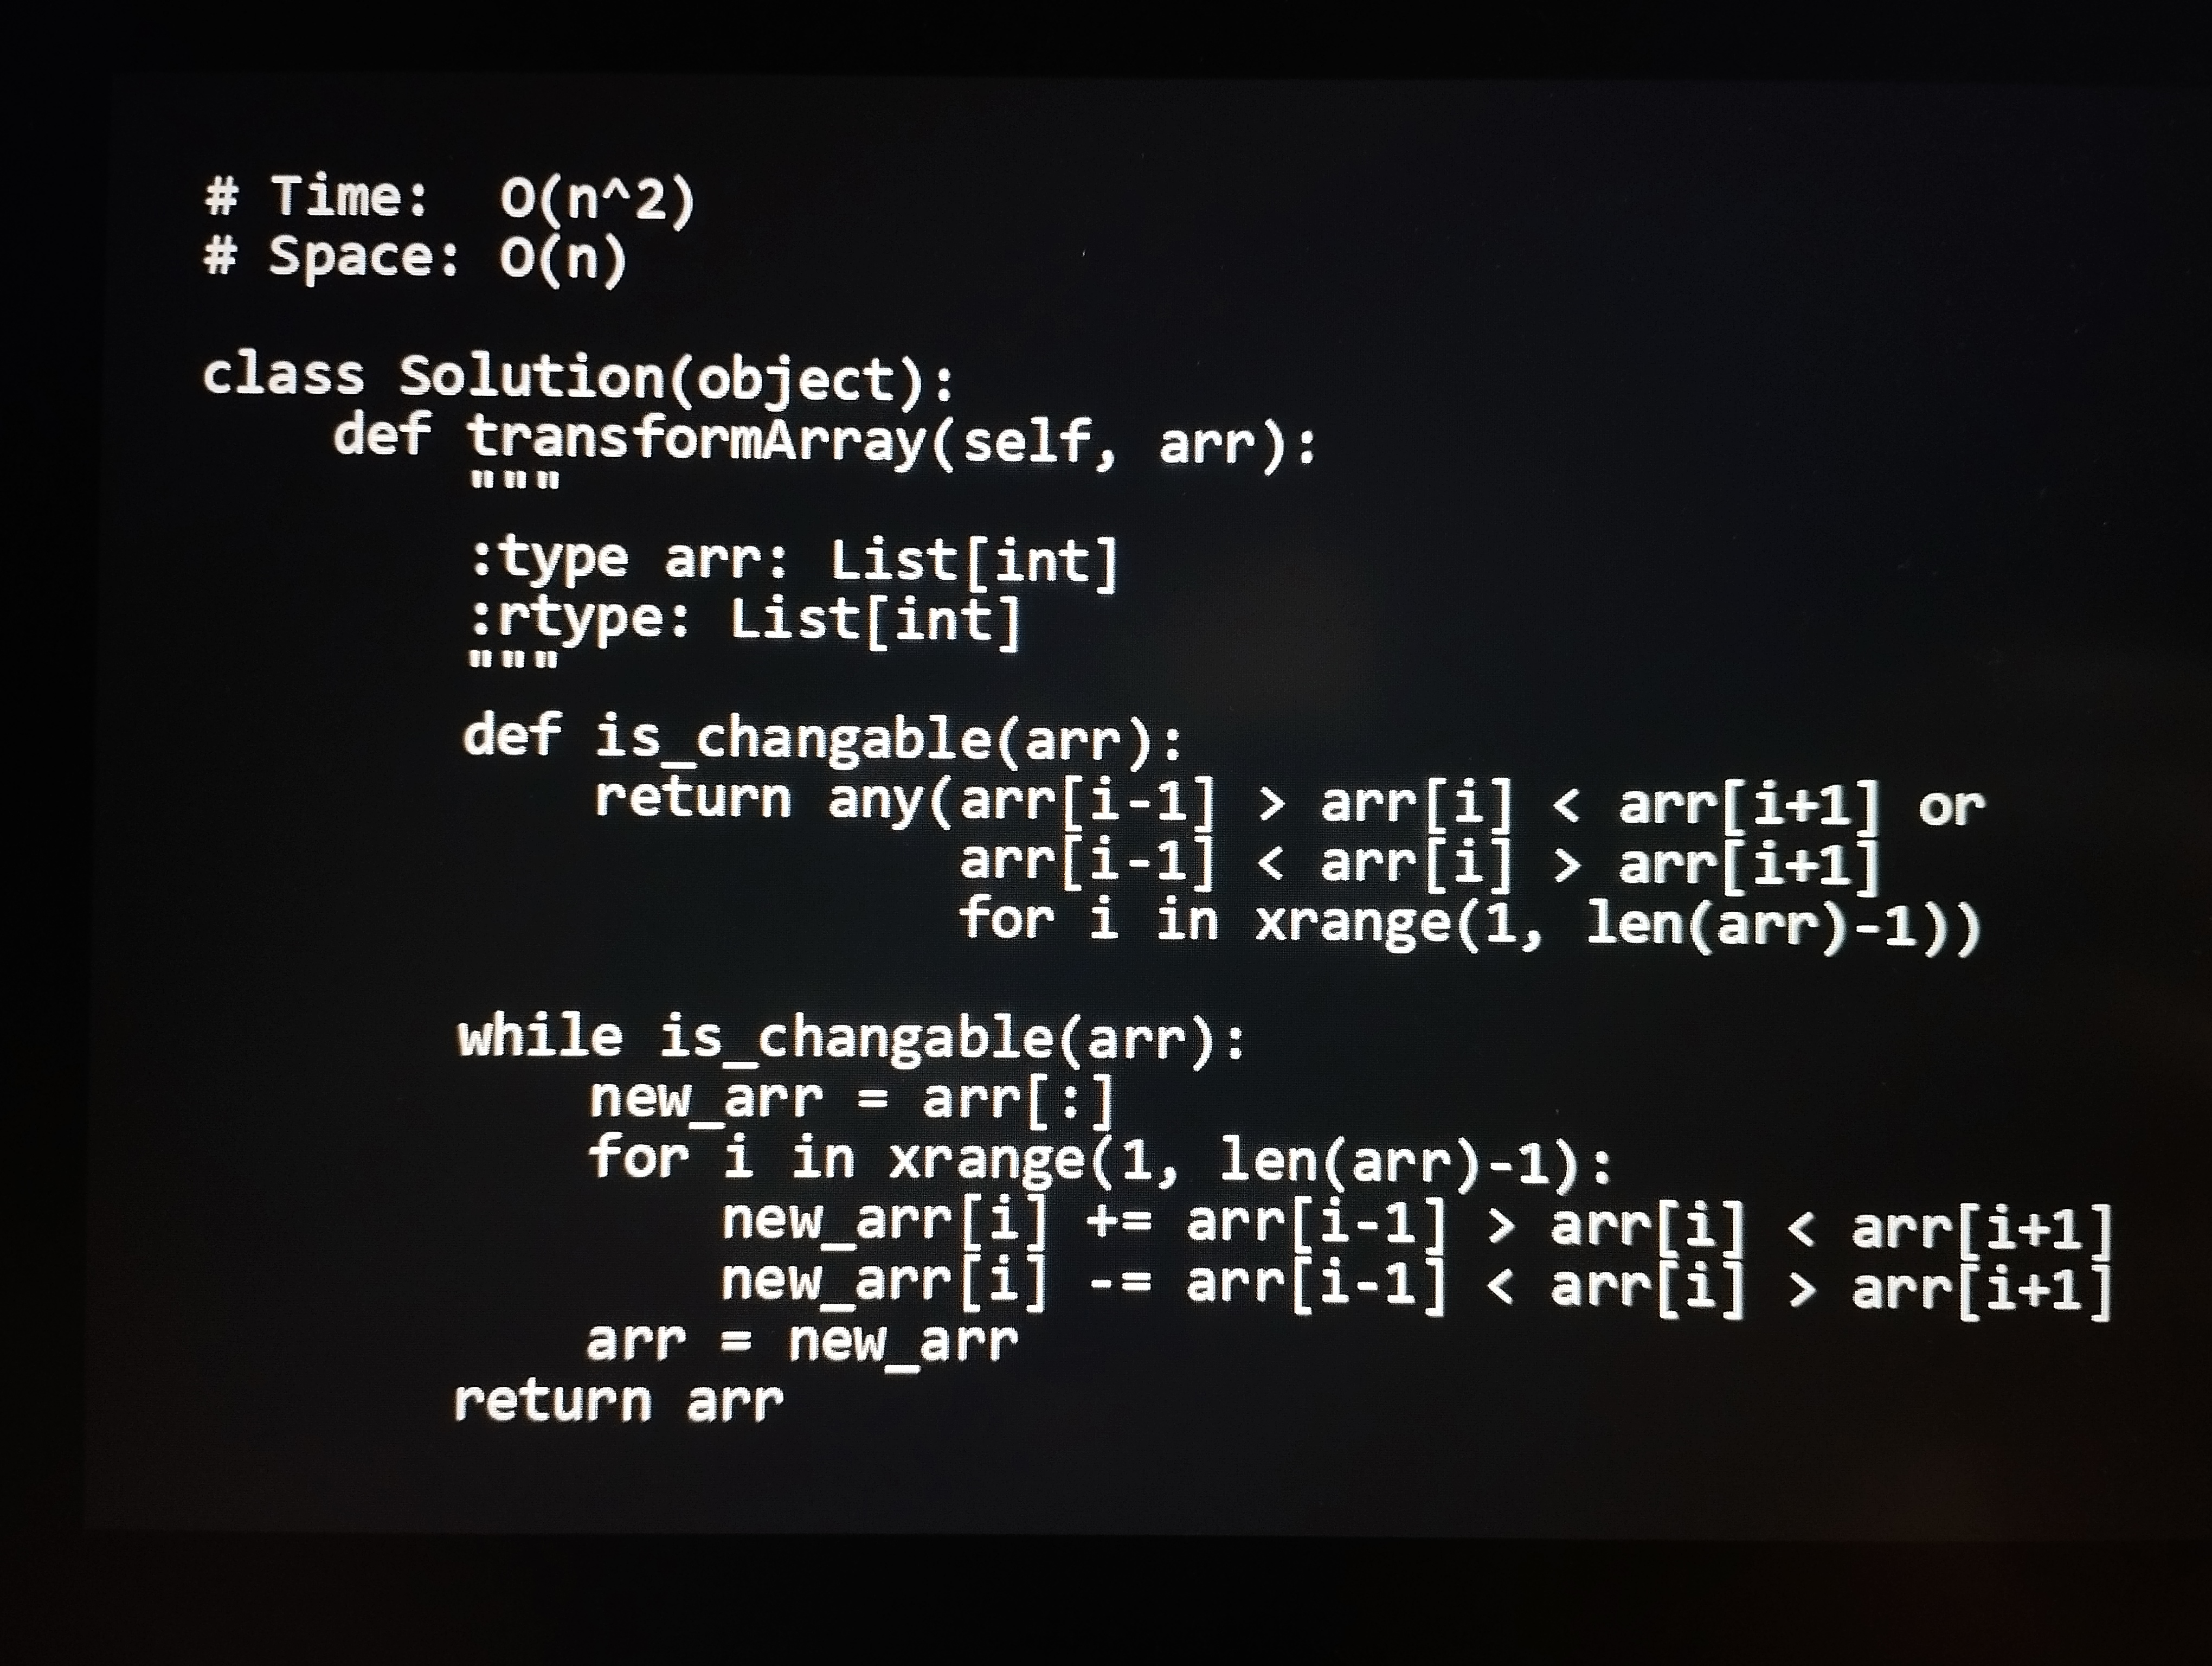
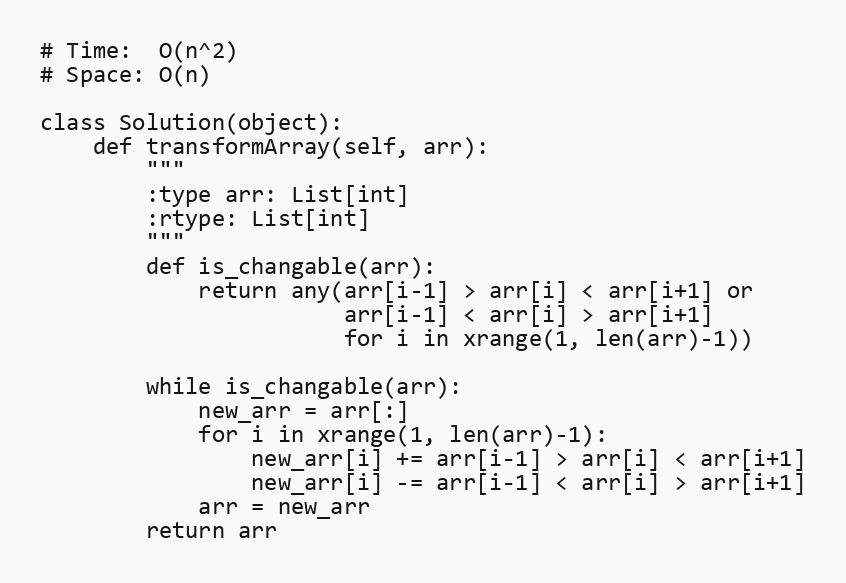
# Time:  O(n^2)
# Space: O(n)

class Solution(object):
    def transformArray(self, arr):
        """
        :type arr: List[int]
        :rtype: List[int]
        """
        def is_changable(arr):
            return any(arr[i-1] > arr[i] < arr[i+1] or
                       arr[i-1] < arr[i] > arr[i+1]
                       for i in xrange(1, len(arr)-1))

        while is_changable(arr):
            new_arr = arr[:]
            for i in xrange(1, len(arr)-1):
                new_arr[i] += arr[i-1] > arr[i] < arr[i+1]
                new_arr[i] -= arr[i-1] < arr[i] > arr[i+1]
            arr = new_arr
        return arr